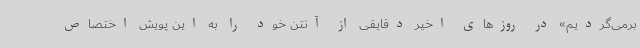
برمی‌گردیم» در روزهای اخیر دقایقی از آنتن خود را به این پویش اختصاص